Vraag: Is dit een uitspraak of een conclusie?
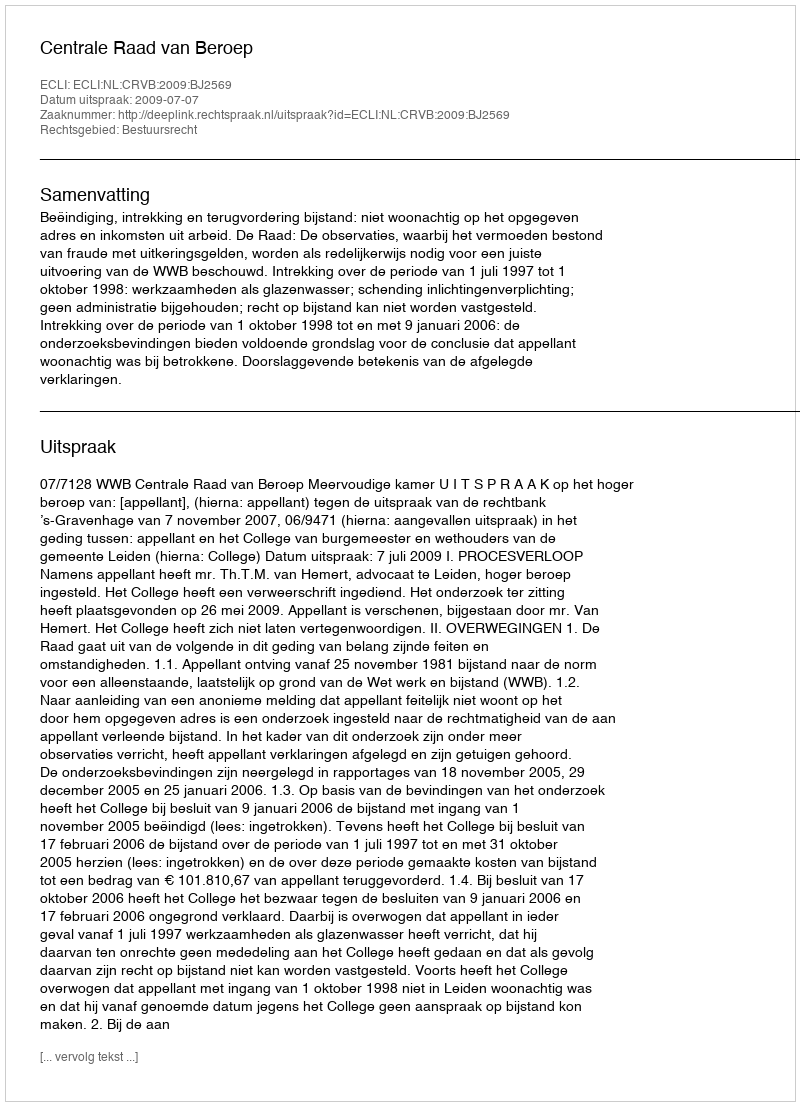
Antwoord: Uitspraak